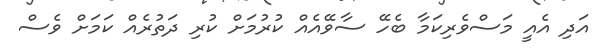
އަދި އެއީ މަސްވެރިކަމާ ބެހޭ ސާވޭއެއް ކުރުމަށް ކުރި ދަތުރެއް ކަމަށް ވެސް